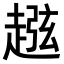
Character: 𧼏